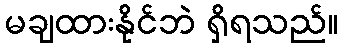
မချထားနိုင်ဘဲ ရှိရသည်။